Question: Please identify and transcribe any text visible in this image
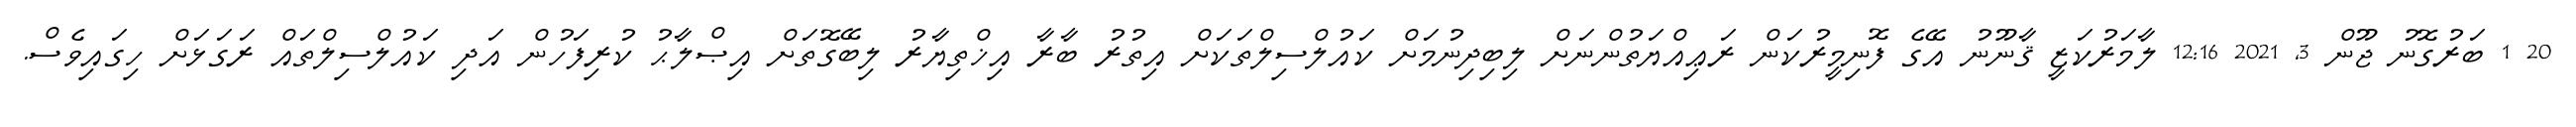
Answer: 20 1 ބަރުގޮނު ޖޫން 3, 2021 12:16 ލާމަރުކަޒީ ޤާނޫނު އޭގެ ފޮނިމީރުކަން ރަޢިއްޔަތުންނަށް ލިބިދިނުމަށް ކައުލްސިލްތަކަށް އިތުރު ބާރާ އިޚްތިޔާރު ލިބޭގޮތަށް އިޞްލާޙު ކުރިފަހުން އަދި ކައުލްސިލްތައް ރަގަޅަށް ހިގައިވެސް.